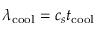
\lambda _ { \mathrm { c o o l } } = c _ { s } t _ { \mathrm { c o o l } }